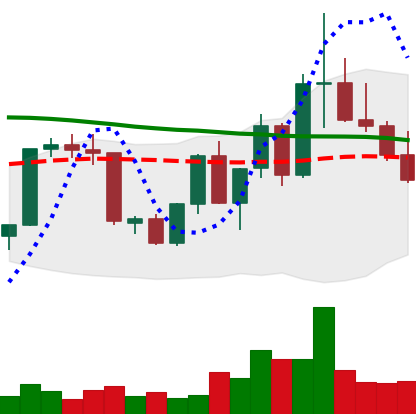
Ticker: XLM-USD
Chart end date: 2022-09-27
Forward return: 7.473%
Label: up_7plus